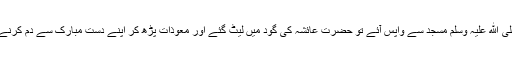
نبی صلی ﷲ علیہ وسلم مسجد سے واپس آئے تو حضرت عائشہ کی گود میں لیٹ گئے اور معوذات پڑھ کر اپنے دست مبارک سے دم کرنے لگے۔